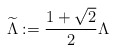
\begin{align*} \widetilde{\Lambda}:= \frac{1+\sqrt{2}}{2} \Lambda \end{align*}